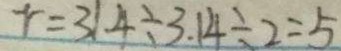
r = 3 1 . 4 \div 3 . 1 4 \div 2 = 5